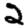
Digit: 2